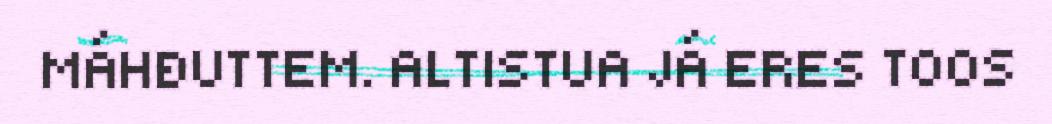
MÁHĐUTTEM. ALTISTUA JÁ ERES TOOS